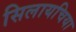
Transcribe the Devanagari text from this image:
सिलायचिया